Annual administration report of the Civil Veterinary Department of India - 1905-1906
Year: 1905
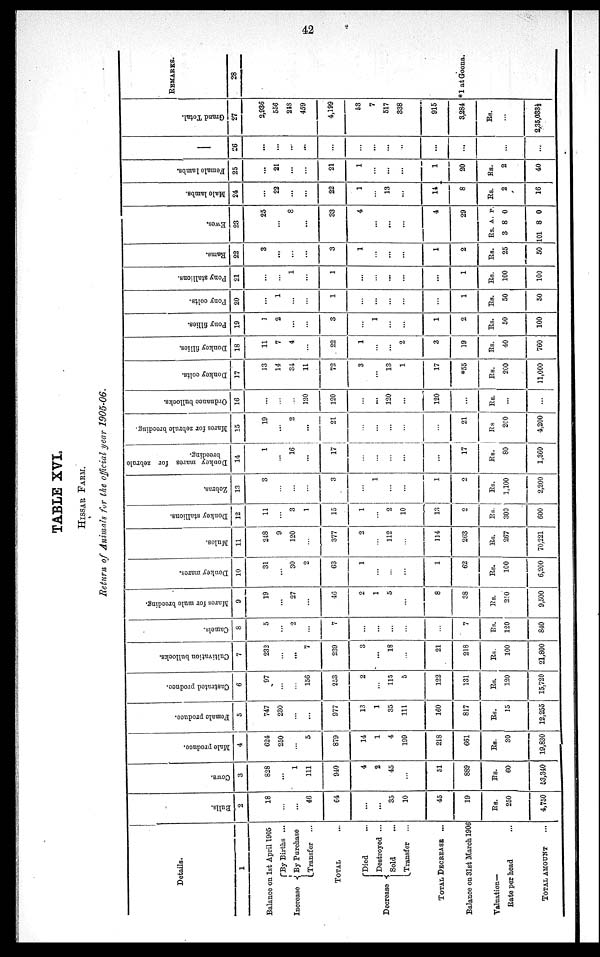
42
TABLE XVI.
HISSAR FARM.
Return of Animals for the official year 1905-06.
Details.
1
Balance on 1st April 1905
Incvease
By Births ...
By Purchase
Transfer ...
TOTAL ...
Decrease
Died ...
Destroyed ...
Sold ...
Transfer ...
TOTAL DECREASE ...
Balance on 31st March 1906
Valuation—
Rate per head ...
TOTAL AMOUNT ...
Bulls.
2
18
...
...
46
64
...
...
35
10
45
19
Rs.
250
4,750
Cows.
3
828
...
1
111
940
4
2
45
...
51
889
Rs.
60
53,340
Male produce.
4
624
250
...
5
879
14
1
4
199
218
661
Rs.
30
19,830
Female produce.
5
747
230
...
...
977
13
1
35
111
160
817
Rs.
35
12,255
Castrated produce.
6
97
...
...
156
253
2
...
115
5
122
131
Rs.
120
15,720
Cultivation bullocks.
7
232
...
...
7
239
3
...
18
...
21
218
Rs.
100
21,800
Camels.
8
5
...
2
...
7
...
...
...
...
...
7
Rs.
120
840
Marcs for mule breeding.
9
19
...
27
...
40
2
1
5
...
8
38
Rs.
210
9,500
Donkey mares.
10
31
...
30
2
63
1
...
...
...
1
62
Rs.
100
6,200
Mules.
11
248
9
120
...
377
2
...
112
...
114
2(53
Rs.
267
70,221
Donkey stallions.
12
11
...
3
1
15
1
...
2
10
13
...
Rs.
300
600
Zebras.
13
3
...
...
...
3
...
1
...
...
1
2
Rs.
1,100
2,200
Donkey mares for zebrule
breeding.
14
1
...
16
...
17
...
...
...
...
...
17
Rs.
80
1,360
Marcs for zebrule breeding.
15
19
...
2
...
21
...
...
...
...
...
21
Rs
200
4,200
Ordnance bullocks.
16
...
...
...
120
120
...
...
120
...
120
...
Rs.
...
...
Donkey colts.
17
13
14
34
11
72
3
...
13
1
17
*55
Rs.
200
11,000
Donkey fillies.
18
11
7
4
...
22
1
...
...
2
3
19
Rs.
40
760
Pony fillies.
19
1
2
...
...
3
...
1
...
...
1
2
Rs.
50
100
Pony colts.
20
...
1
...
...
1
...
...
...
...
...
1
Rs.
50
50
Pony stallions.
21
...
...
1
...
1
...
...
...
...
...
1
Rs.
100
100
Rams.
22
3
...
...
...
3
1
...
...
...
1
2
Rs.
25
50
Ewes .
23
25
...
8
...
33
4
...
...
...
4
29
Rs.
3
101
A.
8
8
p.
0
0
Male lambs.
24
...
22
...
...
22
1
...
13
...
14
8
Rs.
2
16
Female lambs.
25
...
21
...
...
21
1
...
...
...
1
20
Rs.
2
40
26
...
...
...
...
...
...
...
...
...
...
...
...
...
...
Grand Total.
27
2,936
556
248
459
4,199
53
7
517
338
915
3,284
Rs.
...
2,35,033½
REMARKS.
28
*1 at Goona.